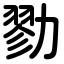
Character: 勠